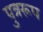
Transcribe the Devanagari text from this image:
पुत्ररूप